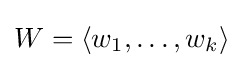
W=\langle w_{1},\ldots ,w_{k}\rangle